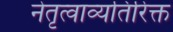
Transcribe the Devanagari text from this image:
नेतृत्वाव्यतिरिक्त